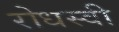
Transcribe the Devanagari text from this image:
रोधस्वी